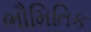
ભૌમિતિક